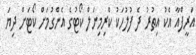
އަރީފްއާ އެކު އިތުރު ދެ ފުލުހަކު ކްރިމިނަލް ކޯޓުގެ އެންގުމަށް ކޯޓަށް ދިޔަ